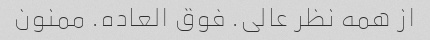
از همه نظر عالی. فوق العاده. ممنون